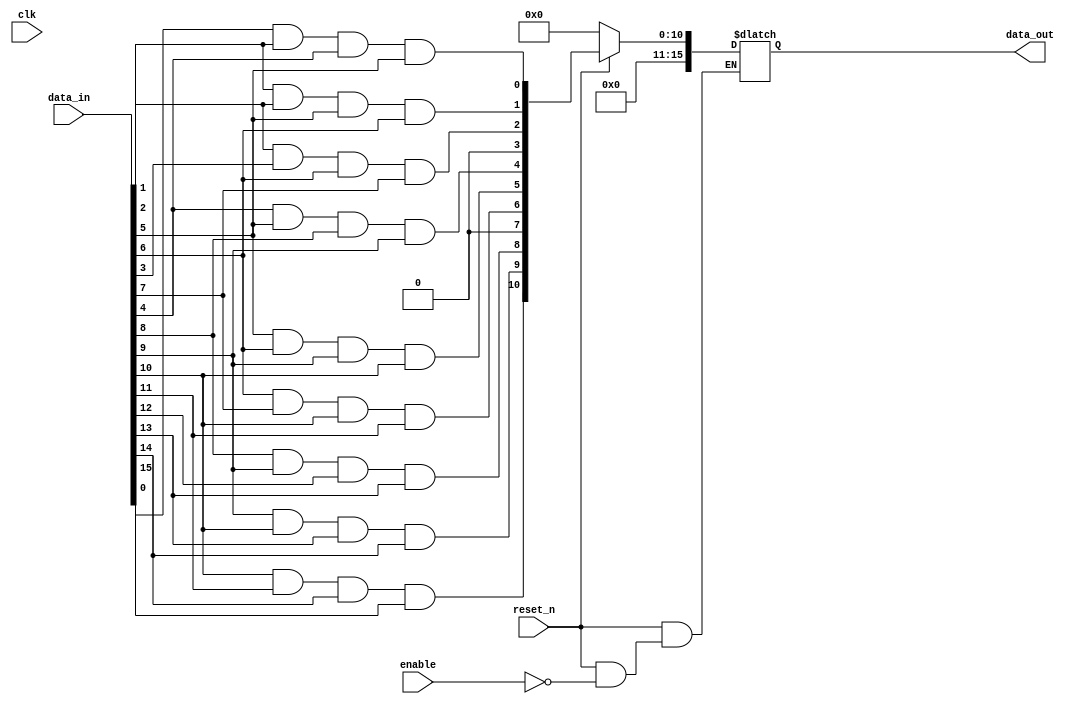
module adjacency_groups #(
    parameter WIDTH = 4,     // Width of the input grid (number of columns)
    parameter HEIGHT = 4     // Height of the input grid (number of rows)
)(
    input wire clk,                    // Clock signal (for synchronization)
    input wire reset_n,                // Active low reset signal
    input wire enable,                 // Control signal to enable processing
    input wire [WIDTH * HEIGHT - 1:0] data_in, // Input data (flattened 2D array)
    output reg [WIDTH * HEIGHT - 1:0] data_out // Output data (processed results)
);

    // Intermediate signals to hold the processed results for each group
    reg [WIDTH - 1:0] group_out [0:HEIGHT - 1];

    integer i, j;

    // Combinational logic to process groups based on adjacency
    always @* begin
        if (!reset_n) begin
            // Reset outputs
            data_out = 0;
        end else if (enable) begin
            // Initialize output to zero
            for (i = 0; i < HEIGHT; i = i + 1) begin
                group_out[i] = {WIDTH{1'b0}};
            end

            // Process each 2x2 adjacency group
            for (i = 0; i < HEIGHT - 1; i = i + 1) begin
                for (j = 0; j < WIDTH - 1; j = j + 1) begin
                    // Perform an AND operation on each 2x2 group
                    group_out[i][j] = data_in[i * WIDTH + j] &
                                      data_in[i * WIDTH + (j + 1)] &
                                      data_in[(i + 1) * WIDTH + j] &
                                      data_in[(i + 1) * WIDTH + (j + 1)];
                end
            end

            // Flatten the output from the processed groups
            for (i = 0; i < HEIGHT; i = i + 1) begin
                data_out[i * WIDTH +: WIDTH] = group_out[i];
            end
        end else begin
            // If not enabled, retain previous output
            data_out = data_out;
        end
    end

endmodule